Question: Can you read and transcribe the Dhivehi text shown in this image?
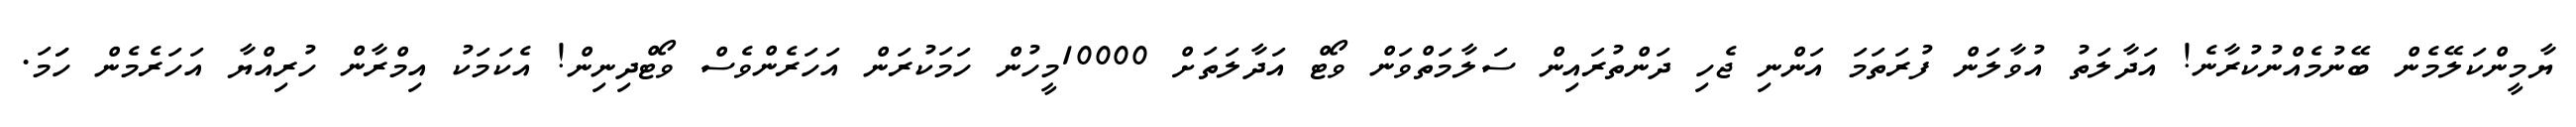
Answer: ޔާމީންކަލޭމެން ބޭނުމެއްނުކުރާނެ! އަދާލަތު އުވާލަން ފުރަތަމަ އަންނި ޖެހި ދަންތުރައިން ސަލާމަތްވަން ވޯޓް އަދާލަތަށް 10000މީހުން ހަމަކުރަން އަހަރެންވެސް ވޯޓްދިނިން! އެކަމަކު އިމްރާން ހުރިއްޔާ އަހަރެމެން ހަަމަ.